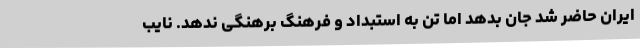
ایران حاضر شد جان بدهد اما تن به استبداد و فرهنگ برهنگی ندهد. نایب